Annual report on the health of the army in India
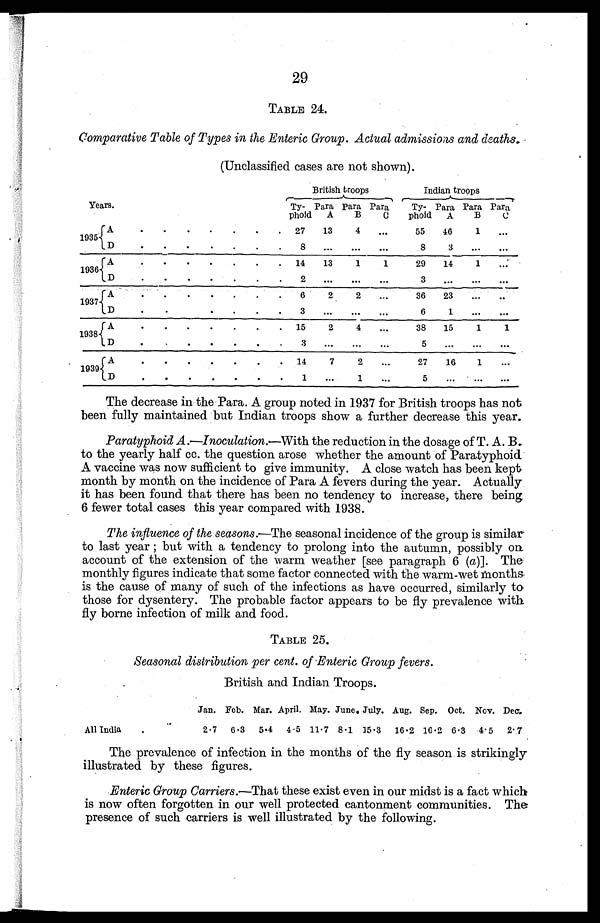
29
TABLE 24.
Comparative Table of Types in the Enteric Group. Actual admissions and deaths.
(Unclassified cases are not shown).
Years.
British troops
Indian troops
Ty-
phoid
Para
A
Para
B
Para C
Ty-
phoid
Para
A
Para
B
Para
C
1935
A
.
.
.
.
.
. . 27 13
4
. . .
55 46
1 ...
D
.
.
.
. .
.
.
8 . . .
. . .
. . .
8
3 ...
...
1936 A
.
.
.
.
.
.
. 14 13
1
1
29 14
1
...
D D
.
.
.
. .
.
. 2 ...
...
...
3
. . .
. . .
. . .
1937
A A
.
.
.
.
.
. 6
2
2 ...
36 23 ...
..
D
.
.
. .
.
. . 3
. . .
. . .
. . .
6
1 ...
. . .
1938
A
. .
.
.
.
. . 15
2
4
...
38 15
1
1
D D
. .
.
.
.
. . 3 ...
...
...
5
. . .
. . .
. . .
1939
A
. .
.
.
.
. . 14
7
2
...
27 16
1
...
D
. .
.
.
.
. .
1
. . .
1
. . .
5
. . .
. . .
. . .
The decrease in the Para. A group noted in 1937 for British troops has not
been fully maintained but Indian troops show a further decrease this year.
Paratyphoid A .—Inoculation. —
With the reduction in the dosage of T. A. B.
to the yearly half cc. the question arose whether the amount of Paratyphoid.
A vaccine was now sufficient to give immunity. A close watch has been kept,
month by month on the incidence of Para A fevers during the year. Actually
it has been found that there has been no tendency to increase, there being
6 fewer total cases this year compared with 1938.
The influence of the seasons .
—
The seasonal incidence of the group is similar
to last year ; but with a tendency to prolong into the autumn, possibly on
account of the extension of the warm weather [see paragraph 6 ( a)]. The
monthly figures indicate that some factor connected with the warm-wet months
is the cause of many of such of the infections as have occurred, similarly to
those for dysentery. The probable factor appears to be fly prevalence with
fly borne infection of milk and food.
TABLE 25.
Seasonal distribution per cent. of Enteric Group fevers.
British and Indian Troops.
Jan. Feb. Mar. April. May. June. July. Aug. Sep. Oct. Nov. Dec.
All India
.
2.7 6.3 5.4 4.5 11.7 8.1 15.3 16.2 16.2 6.3 4.5 2.7
The prevalence of infection in the months of the fly season is strikingly
illustrated by these figures.
Enteric Group Carriers.—That these exist even in our midst is a fact which
is now often forgotten in our well protected cantonment communities. The
presence of such carriers is well illustrated by the following.